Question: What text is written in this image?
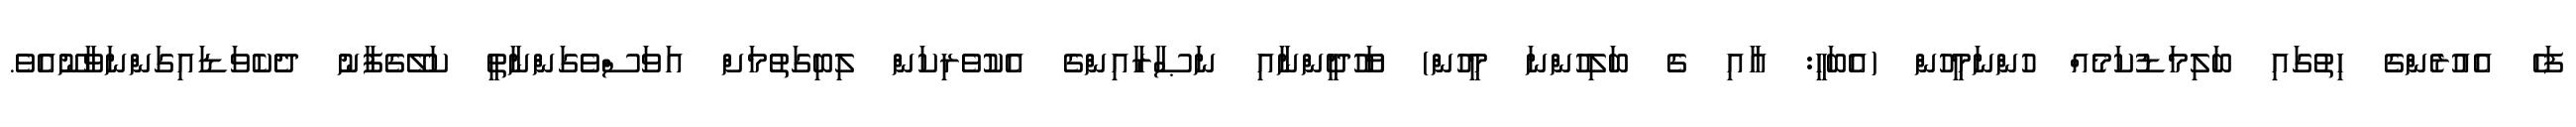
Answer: ފަހެ އެއުރެންގެ ހިތުގައި ބަލިމަޑުކަމެއް ހުންނަމީހުން (އެބަހީ: އާއި ގެ ބަލިހުންނަ މީހުން) ޔަހޫދީންނާއި ނަޞާރާއިންގެ އެކުވެރިކަން ލިބިގަތުމަށް އަވަސްވެގަންނާތީ ކަލޭގެފާނު ދެކެވަޑައިގަންނަވާނޫއެވެ.